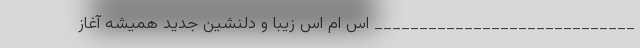
_____________________________ اس ام اس زیبا و دلنشین جدید همیشه آغاز